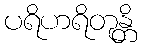
ပရိဟရိတုန္တိ